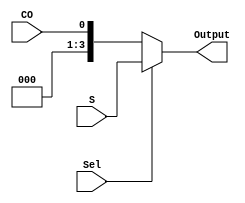
`timescale 1ns / 1ps
//////////////////////////////////////////////////////////////////////////////////
// Company: 
// Engineer: 
// 
// Design Name: 
// Module Name: Mux
// Project Name: 
// Target Devices: 
// Tool Versions: 
// Description: 
// 
// Dependencies: 
// 
// Revision:
// Revision 0.01 - File Created
// Additional Comments:
// 
//////////////////////////////////////////////////////////////////////////////////


module Mux(
    input [3:0] S,
    input CO,
    input Sel,
    output [3:0] Output
    );
    wire W;
    assign W ={3'b0, CO};
    assign Output = Sel?S:CO;
endmodule